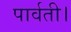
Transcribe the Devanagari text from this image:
पार्वती।